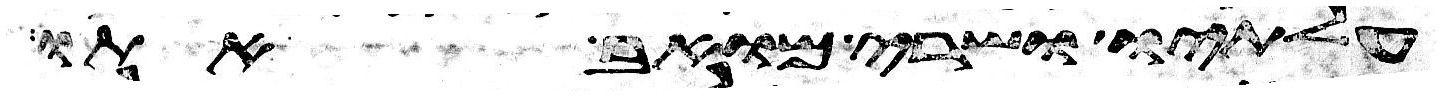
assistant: עלתיו ושרי מואב אתו